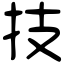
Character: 技